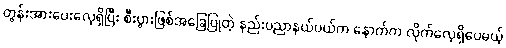
တွန်းအားပေးလေ့ရှိပြီး စီးပွားဖြစ်အခြေပြုတဲ့ နည်းပညာနယ်ပယ်က နောက်က လိုက်လေ့ရှိပေမယ့်